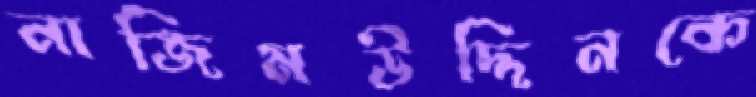
নাজিমউদ্দিনকে